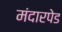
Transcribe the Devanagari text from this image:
मंदारपेड